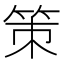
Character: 策